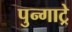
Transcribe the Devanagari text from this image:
पुन्गाट्रे